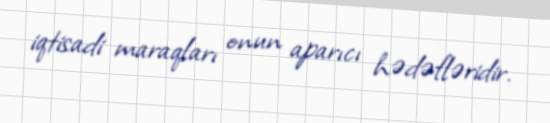
iqtisadi maraqları onun aparıcı hədəfləridir.